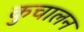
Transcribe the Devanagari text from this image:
कुचालन